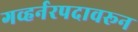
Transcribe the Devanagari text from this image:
गव्हर्नरपदावरून